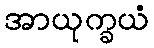
အာယုက္ခယံ